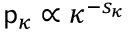
{ \mathsf p } _ { \kappa } \propto \kappa ^ { - s _ { \kappa } }